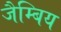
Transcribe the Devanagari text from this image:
जैम्बिय